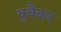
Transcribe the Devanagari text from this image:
ब्रुबैकर